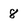
Character: 8